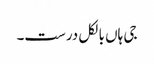
جی ہاں بالکل درست۔